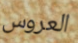
العروس